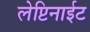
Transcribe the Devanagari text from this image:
लेप्टिनाईट